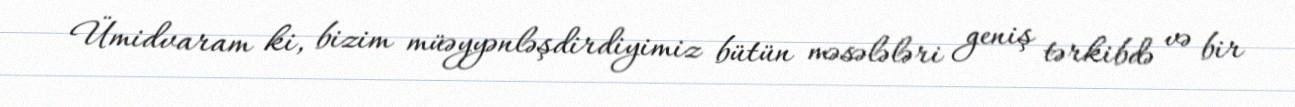
Ümidvaram ki, bizim müəyyənləşdirdiyimiz bütün məsələləri geniş tərkibdə və bir